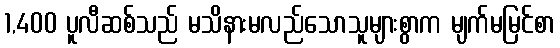
1,400 ပူလီဆစ်သည် မသိနားမလည်သောသူများစွာက မျက်မမြင်စာ